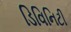
ડિવિનિટી